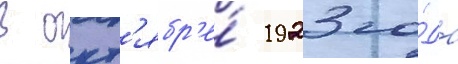
В окт'ябр'е́ 1923 го́да